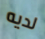
لديه